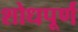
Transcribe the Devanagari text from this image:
शोधपूर्णं